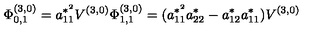
\Phi _ { 0 , 1 } ^ { ( 3 , 0 ) } = a _ { 1 1 } ^ { * ^ { 2 } } V ^ { ( 3 , 0 ) } \Phi _ { 1 , 1 } ^ { ( 3 , 0 ) } = ( a _ { 1 1 } ^ { * ^ { 2 } } a _ { 2 2 } ^ { * } - a _ { 1 2 } ^ { * } a _ { 1 1 } ^ { * } ) V ^ { ( 3 , 0 ) }